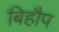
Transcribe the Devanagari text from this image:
बिहौप